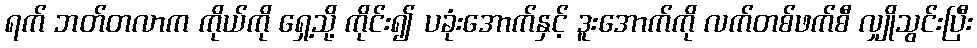
ရက် ဘတ်တလာက ကိုယ်ကို ရှေ့သို့ ကိုင်း၍ ပခုံးအောက်နှင့် ဒူးအောက်ကို လက်တစ်ဖက်စီ လျှိုသွင်းပြီး